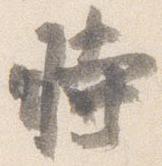
時